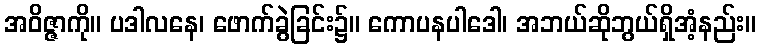
အဝိဇ္ဇာကို။ ပဒါလနေ၊ ဖောက်ခွဲခြင်း၌။ ကောပနပါဒေါ၊ အဘယ်ဆိုဘွယ်ရှိအံ့နည်း။